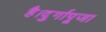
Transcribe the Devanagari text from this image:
है।दुर्गापूजा